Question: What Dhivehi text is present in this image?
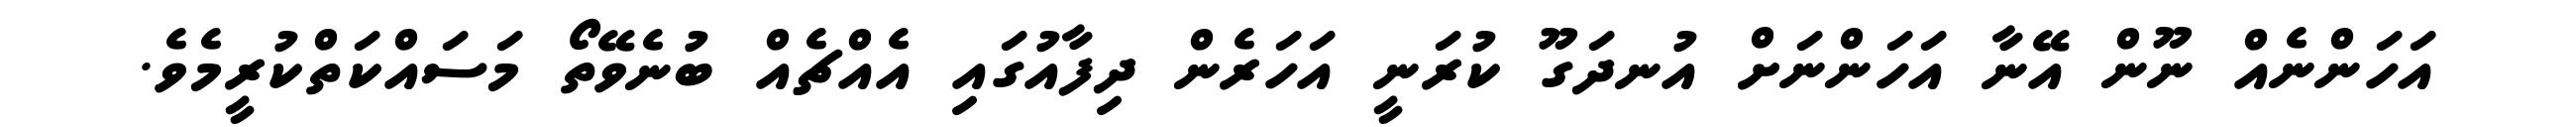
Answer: އަހަންނެއް ނޫން އޭނާ އަހަންނަށް އުނދަގޫ ކުރަނީ އަހަރެން ދިފާއުގައި އެއްޗެއް ބުނެވޭތޯ މަސައްކަތްކުރީމެވެ.